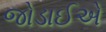
જોડાઈએ